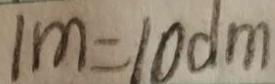
1 m = 1 0 d m